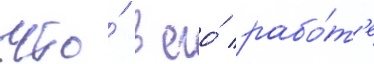
что́ в его́ рабо́т'е